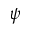
\psi